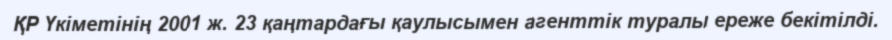
ҚР Үкіметінің 2001 ж. 23 қаңтардағы қаулысымен агенттік туралы ереже бекітілді.